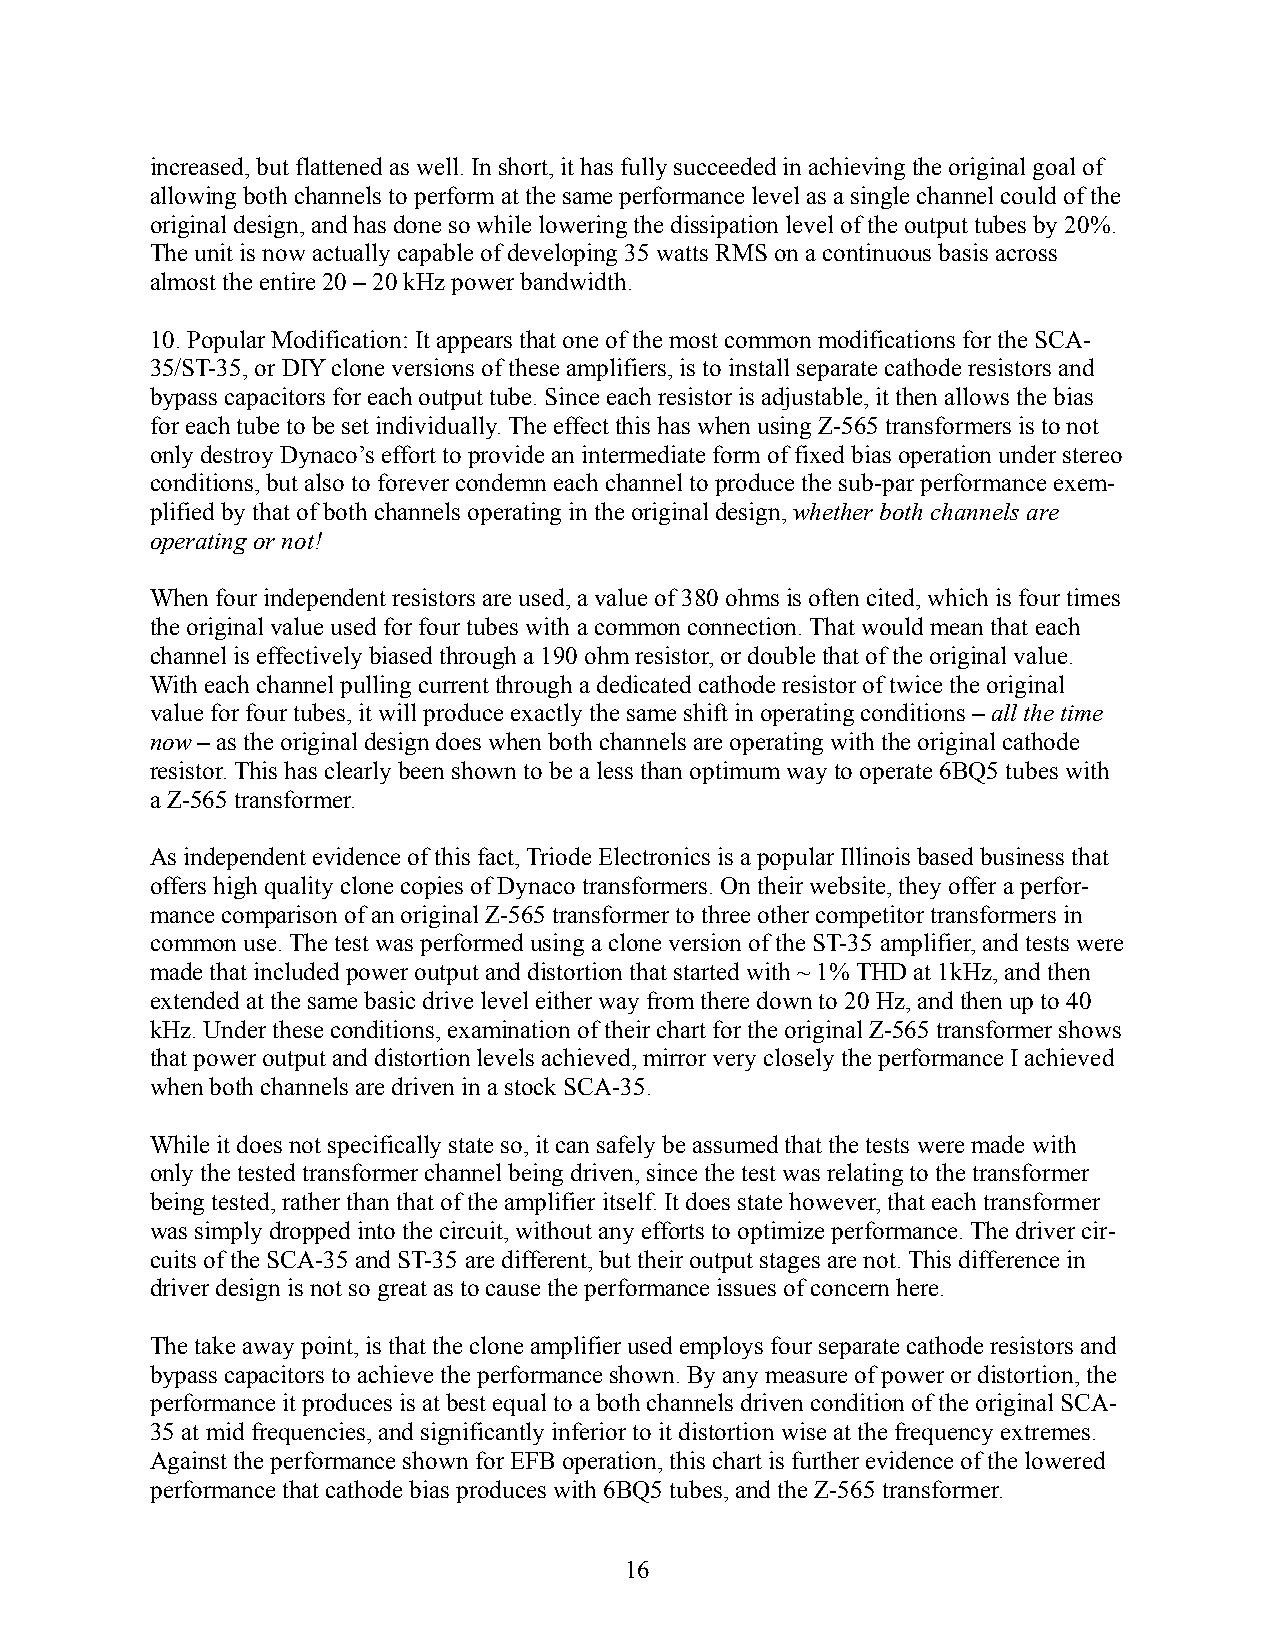
increased, but flattened as well. In short, it has fully succeeded in achieving the original goal of
 allowing both channels to perform at the same performance level as a single channel could of the
 original design, and has done so while lowering the dissipation level of the output tubes by 20%.
 The unit is now actually capable of developing 35 watts RMS on a continuous basis across
 almost the entire 20 – 20 kHz power bandwidth.
 10. Popular Modification: It appears that one of the most common modifications for the SCA-
 35/ST-35, or DIY clone versions of these amplifiers, is to install separate cathode resistors and
 bypass capacitors for each output tube. Since each resistor is adjustable, it then allows the bias
 for each tube to be set individually. The effect this has when using Z-565 transformers is to not
 only destroy Dynaco’s effort to provide an intermediate form of fixed bias operation under stereo
 conditions, but also to forever condemn each channel to produce the sub-par performance exem-
 plified by that of both channels operating in the original design, whether both channels are
 operating or not!
 When four independent resistors are used, a value of 380 ohms is often cited, which is four times
 the original value used for four tubes with a common connection. That would mean that each
 channel is effectively biased through a 190 ohm resistor, or double that of the original value.
 With each channel pulling current through a dedicated cathode resistor of twice the original
 value for four tubes, it will produce exactly the same shift in operating conditions – all the time
 now – as the original design does when both channels are operating with the original cathode
 resistor. This has clearly been shown to be a less than optimum way to operate 6BQ5 tubes with
 a Z-565 transformer.
 As independent evidence of this fact, Triode Electronics is a popular Illinois based business that
 offers high quality clone copies of Dynaco transformers. On their website, they offer a perfor-
 mance comparison of an original Z-565 transformer to three other competitor transformers in
 common use. The test was performed using a clone version of the ST-35 amplifier, and tests were
 made that included power output and distortion that started with ~ 1% THD at 1kHz, and then
 extended at the same basic drive level either way from there down to 20 Hz, and then up to 40
 kHz. Under these conditions, examination of their chart for the original Z-565 transformer shows
 that power output and distortion levels achieved, mirror very closely the performance I achieved
 when both channels are driven in a stock SCA-35.
 While it does not specifically state so, it can safely be assumed that the tests were made with
 only the tested transformer channel being driven, since the test was relating to the transformer
 being tested, rather than that of the amplifier itself. It does state however, that each transformer
 was simply dropped into the circuit, without any efforts to optimize performance. The driver cir-
 cuits of the SCA-35 and ST-35 are different, but their output stages are not. This difference in
 driver design is not so great as to cause the performance issues of concern here.
 The take away point, is that the clone amplifier used employs four separate cathode resistors and
 bypass capacitors to achieve the performance shown. By any measure of power or distortion, the
 performance it produces is at best equal to a both channels driven condition of the original SCA-
 35 at mid frequencies, and significantly inferior to it distortion wise at the frequency extremes.
 Against the performance shown for EFB operation, this chart is further evidence of the lowered
 performance that cathode bias produces with 6BQ5 tubes, and the Z-565 transformer.
 16